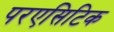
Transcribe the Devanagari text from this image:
परएसिटिक